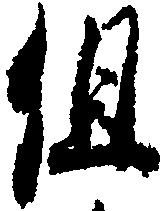
但